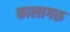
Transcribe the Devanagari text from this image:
कालागरू